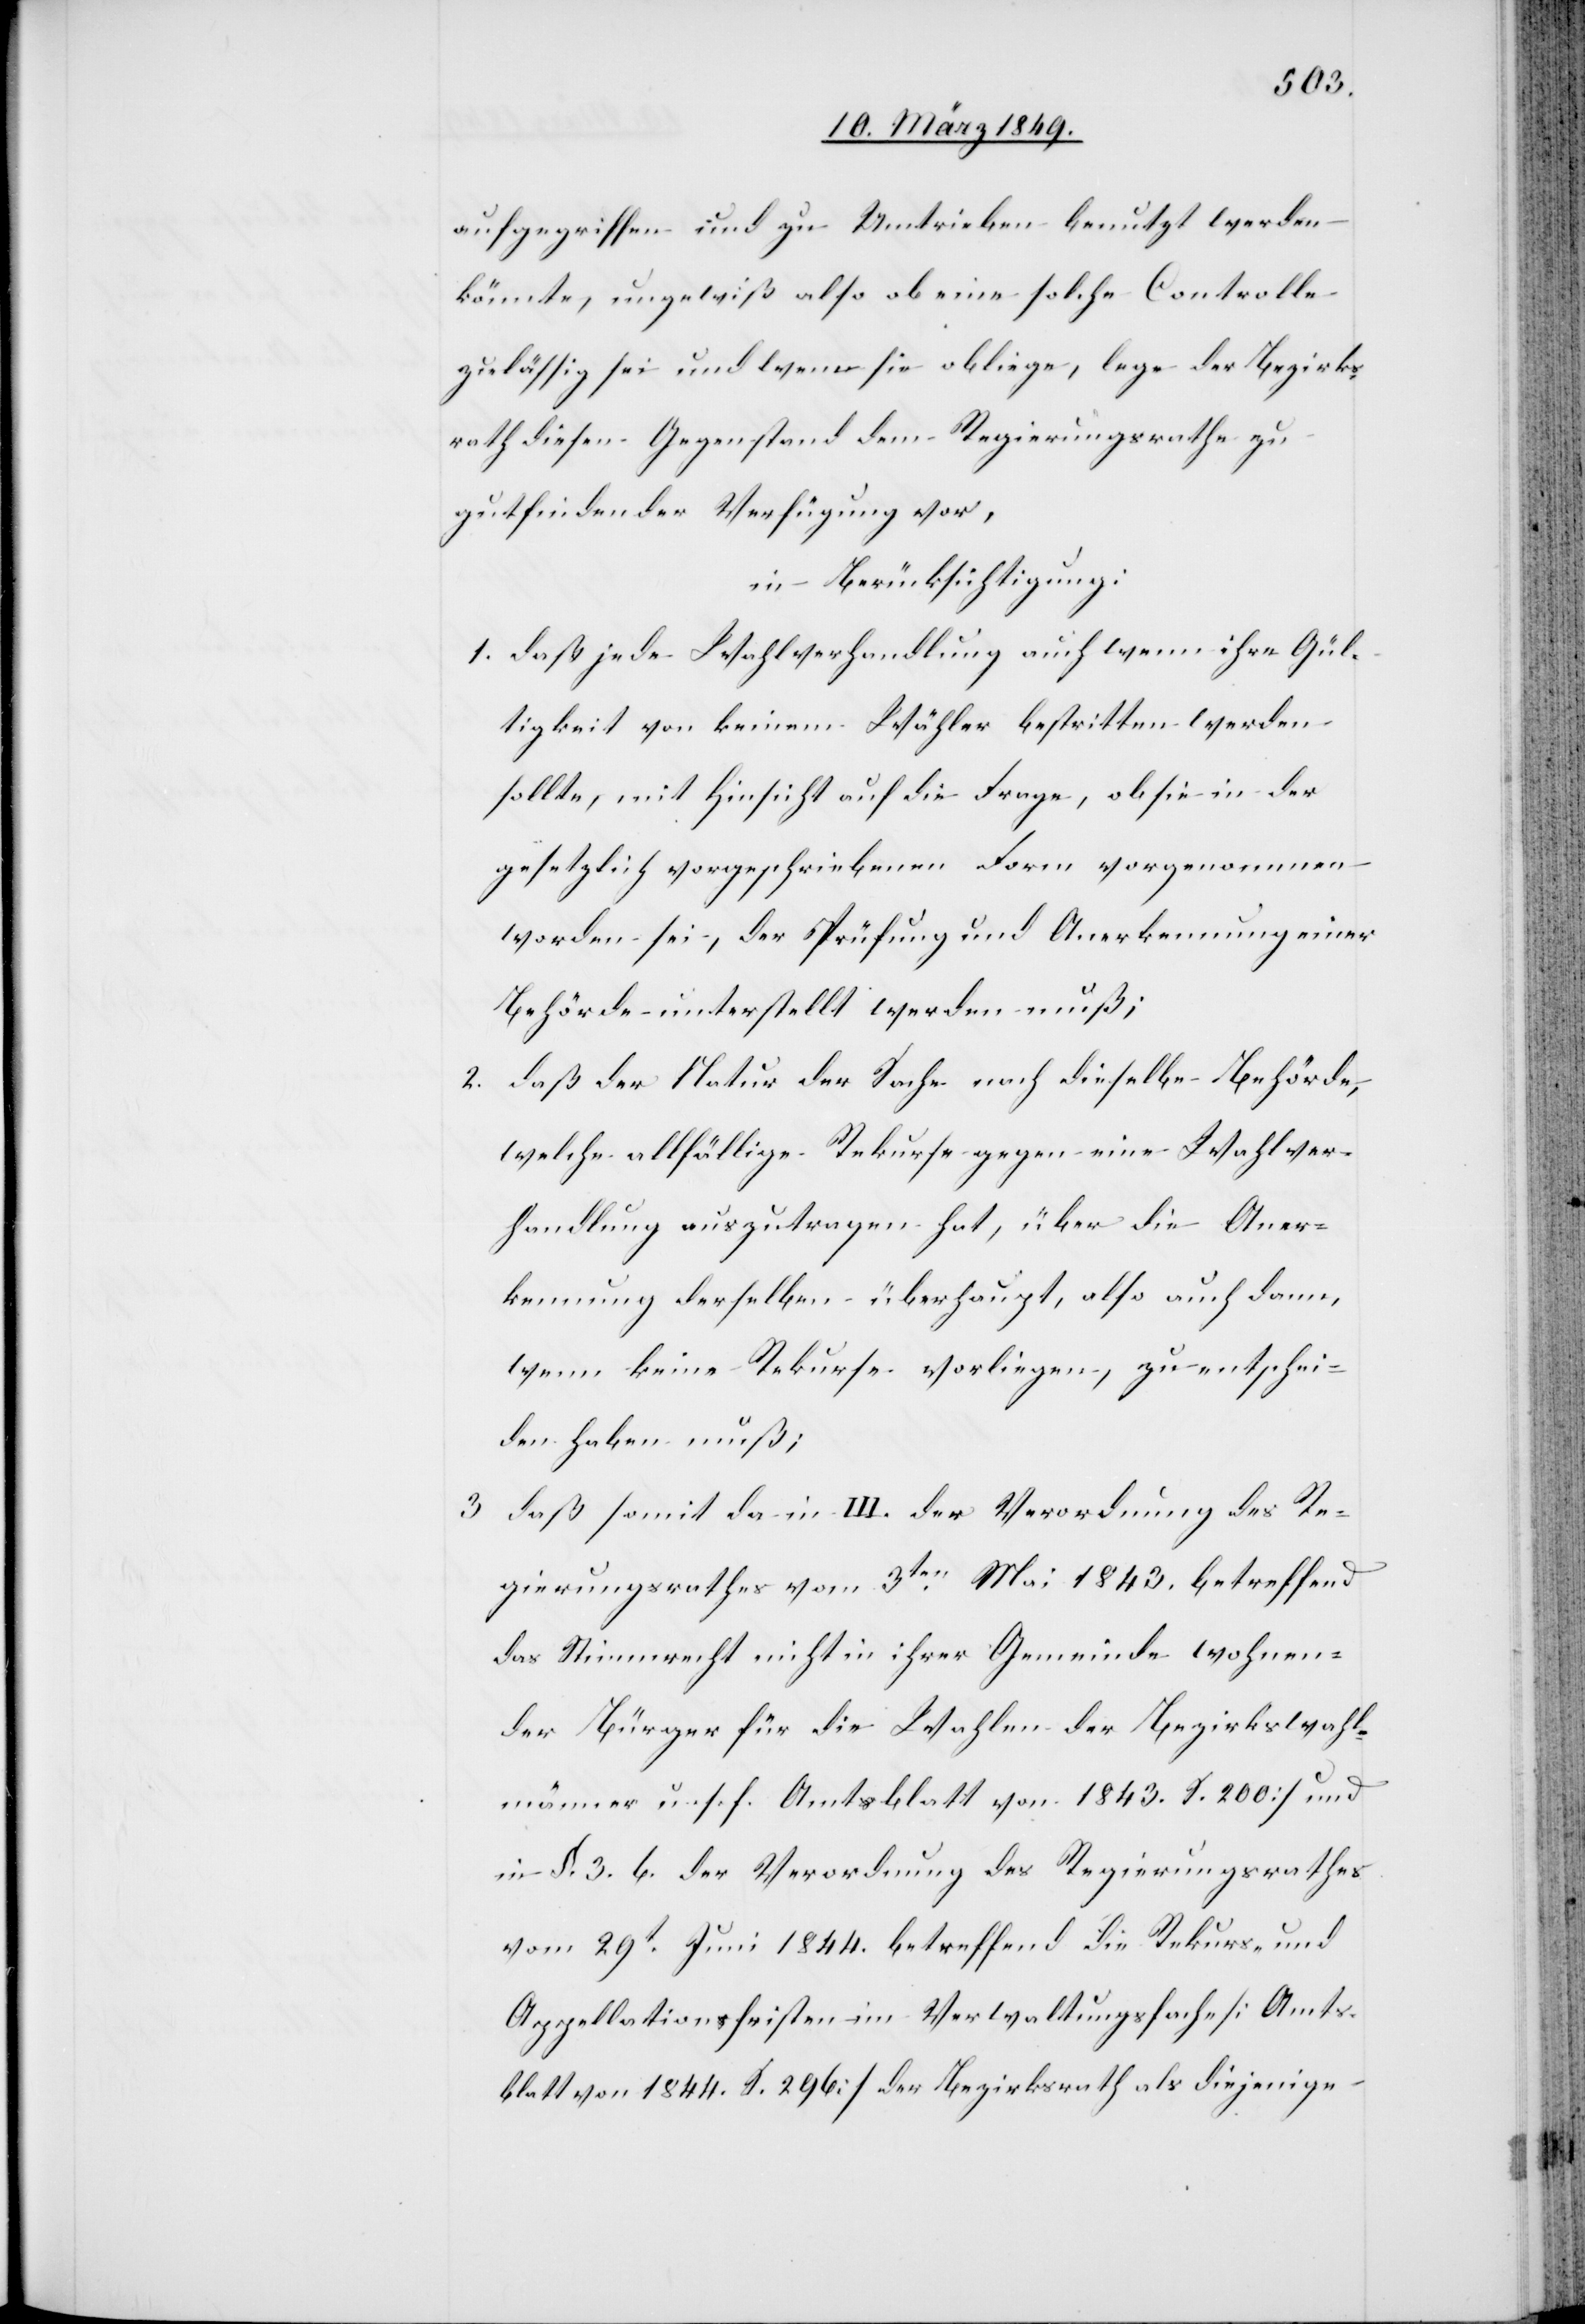
aufgegriffen und zu Umtrieben benutzt werden
könnte, ungewiß also ob eine solche Controlle
zulässig sei und wem sie obliege, lege der Bezirks¬
rath diesen Gegenstand dem Regierungsrathe zu
gutfindender Verfügung vor,
in Berücksichtigung:
1. daß jede Wahlverhandlung auch wenn ihre Gül¬
tigkeit von keinem Wähler bestritten werden
sollte, mit Hinsicht auf die Frage, ob sie in der
gesetzlich vorgeschriebenen Form vorgenommen
worden sei, der Prüfung und Anerkennung einer
Behörde unterstellt werden muß;
2. daß der Natur der Sache nach dieselbe Behörde,
welche allfällige Rekurse gegen eine Wahlver¬
handlung auszutragen hat, über die Aner¬
kennung derselben überhaupt, also auch dann,
wenn keine Rekurse vorliegen, zu entschei¬
den haben muß;
3. daß somit da in III. der Verordnung des Re¬
gierungsrathes vom 3ten. Mai 1843. betreffend
das Stimmrecht nicht in ihrer Gemeinde wohnen¬
der Bürger für die Wahlen der Bezirkswahl¬
männer u. s. f. []Amtsblatt von 1843. S. 200] und
in §. 3. 6. der Verordnung des Regierungsrathes
vom 19t. Juni 1844. betreffend die Rekurs- und
Appellationsfristen im Verwaltungsfach [Amts¬
blatt von 1844. S. 296] der Bezirksrath als diejenige